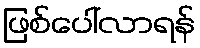
ဖြစ်ပေါ်လာရန်